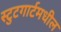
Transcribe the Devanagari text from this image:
स्टुटगार्टमधील